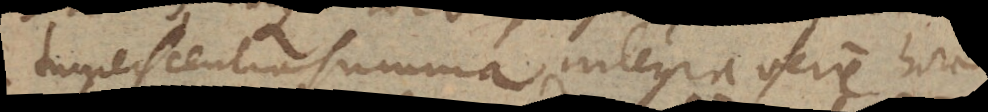
tumescentia summa integra fere hora